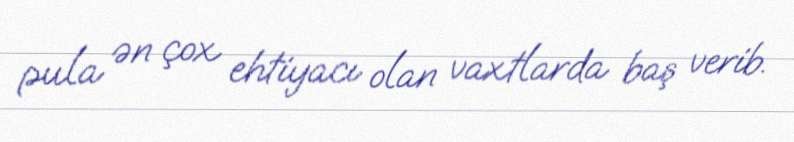
pula ən çox ehtiyacı olan vaxtlarda baş verib.